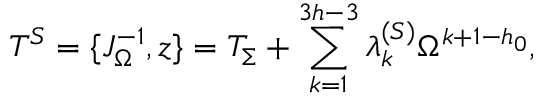
T ^ { S } = \{ J _ { \Omega } ^ { - 1 } , z \} = { \cal T } _ { \Sigma } + \sum _ { k = 1 } ^ { 3 h - 3 } \lambda _ { k } ^ { ( S ) } \Omega ^ { k + 1 - h _ { 0 } } ,